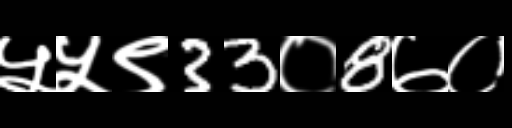
Text: ५५९33०8७०